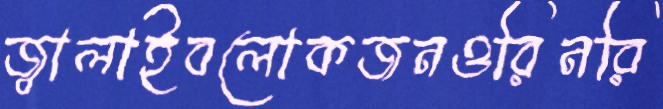
জ্বালাইবলোকজনওরিনরি